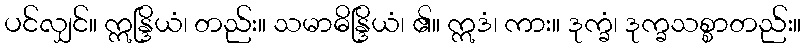
ပင်လျှင်။ ဣန္ဒြိယံ၊ တည်း။ သမာဓိန္ဒြိယံ၊ ၏။ ဣဒံ၊ ကား။ ဒုက္ခံ၊ ဒုက္ခသစ္စာတည်း။